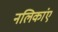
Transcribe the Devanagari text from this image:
नलिकांए